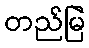
တည်မြဲ